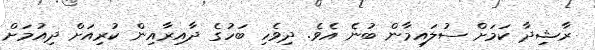
ރާޝިދާ ކަމަށް ސުލައިމާން ބުނެ އެވެ. ދިވެހި ބަހުގެ ދާއިރާއިން ކުރިއަށް ދިއުމަށް